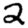
Digit: 2